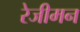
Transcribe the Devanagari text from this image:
रेजीमन